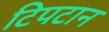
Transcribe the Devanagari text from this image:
टिपटान